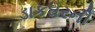
ડાકઘરની